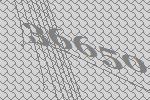
36650